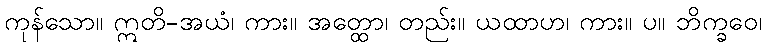
ကုန်သော။ ဣတိ-အယံ၊ ကား။ အတ္ထော၊ တည်း။ ယထာဟ၊ ကား။ ပ။ ဘိက္ခဝေ၊